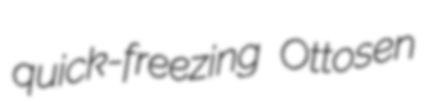
quick-freezing Ottosen